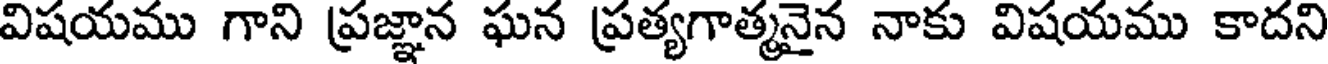
విషయము గాని ప్రజ్ఞాన ఘన ప్రత్యగాత్మనైన నాకు విషయము కాదని